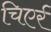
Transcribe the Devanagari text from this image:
चिएर्र